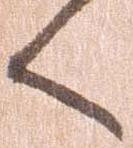
く